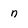
Character: n